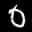
Label: 0